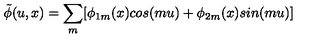
\tilde { \phi } ( u , x ) = \sum _ { m } [ \phi _ { 1 m } ( x ) c o s ( m u ) + \phi _ { 2 m } ( x ) s i n ( m u ) ]